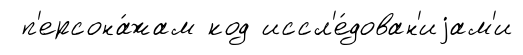
п'ерсона́жам код иссл'е́дован'иjам'и